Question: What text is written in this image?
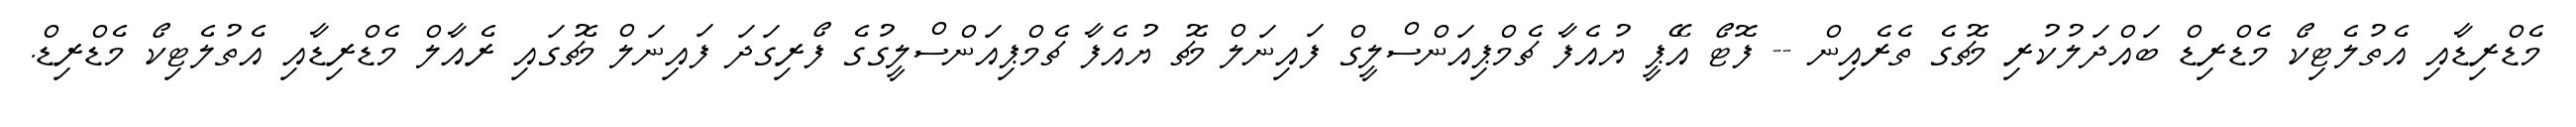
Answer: މެޑްރިޑާއި އެތުލެޓިކޯ މެޑްރިޑް ބައްދަލުކުރި މެޗުގެ ތެރެއިން -- ފޮޓޯ އޭޕީ ޔުއެފާ ޗެމްޕިއަންސްލީގް ފައިނަލް މެޗު ޔުއެފާ ޗެމްޕިއަންސްލީގުގެ ފޯރިގަދަ ފައިނަލް މެޗުގައި ރެއާލް މެޑްރިޑާއި އެތުލެޓިކޯ މެޑްރިޑް.